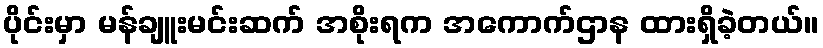
ပိုင်းမှာ မန်ချူးမင်းဆက် အစိုးရက အကောက်ဌာန ထားရှိခဲ့တယ်။